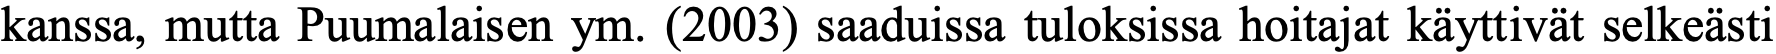
kanssa, mutta Puumalaisen ym. (2003) saaduissa tuloksissa hoitajat käyttivät selkeästi